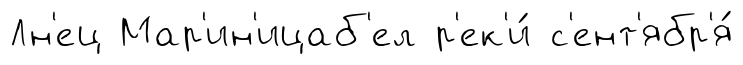
Лн'ец Мар'ин'ицаб'ел р'ек'и́ с'ент'ябр'я́